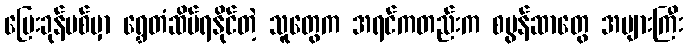
ပြေးခုန်ပစ်မှာ ရွှေတံဆိပ်ရနိုင်တဲ့ သူတွေက အရင်ကတည်းက စပွန်ဆာတွေ အများကြီး